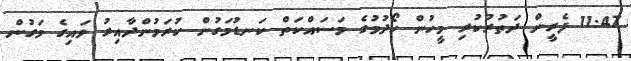
11:47 ފެރީން ދަތުރުކުރި މީހުން ހޯދުމުގެ މަސައްކަތް ކަނޑުމަގުން ކުރަމުންދާއިރު ވައިގެ މަގުން